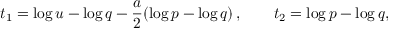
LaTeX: t _ { 1 } = \log u - \log q - \frac { a } { 2 } ( \log p - \log q ) \, , \qquad t _ { 2 } = \log p - \log q ,